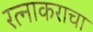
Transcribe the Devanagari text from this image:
रत्नाकराचा